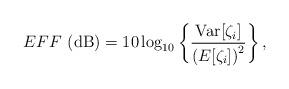
LaTeX: \begin{align*}EFF\,\left(\mathrm{dB}\right)=10\,\mathrm{log}_{10}\left\{\frac{\mathrm{Var}[\zeta_i]}{\left(E[\zeta_i]\right)^2}\right\},\end{align*}